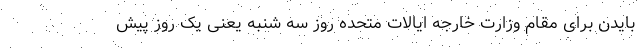
بایدن برای مقام وزارت خارجه ایالات متحده روز سه شنبه یعنی یک روز پیش